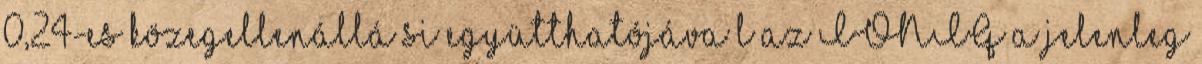
0,24-es közegellenállá si együtthatójáva l az IONIQ a jelenleg